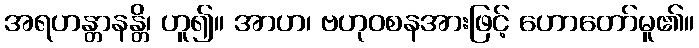
အရဟန္တာနန္တိ၊ ဟူ၍။ အာဟ၊ ဗဟုဝစနအားဖြင့် ဟောတော်မူ၏။